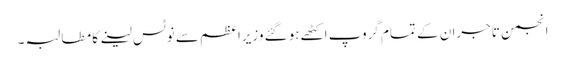
انجمن تاجران کے تمام گروپ اکٹھے ہوگئے وزیراعظم سے نوٹس لینے کا مطالبہ ۔